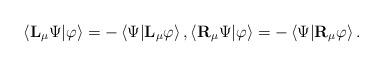
LaTeX: \begin{align*}\left\langle \mathbf{L}_{\mu}\Psi|\varphi\right\rangle =-\left\langle \Psi|\mathbf{L}_{\mu}\varphi\right\rangle,\left\langle \mathbf{R}_{\mu}\Psi|\varphi\right\rangle =-\left\langle \Psi|\mathbf{R}_{\mu}\varphi\right\rangle.\end{align*}